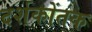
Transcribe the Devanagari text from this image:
दर्शकोंतक